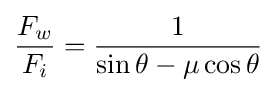
{\frac {F_{w}}{F_{i}}}={\frac {1}{\sin \theta -\mu \cos \theta }}